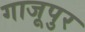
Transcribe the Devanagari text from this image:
गाजूपुर